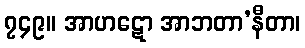
၇၄၉။ အာဟဋော အာဘတာ’နီတာ၊